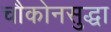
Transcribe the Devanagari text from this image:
चौकोनसुद्धा